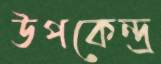
উপকেন্দ্র